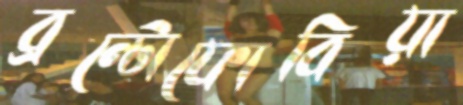
ব্রন্টোফোবিয়া